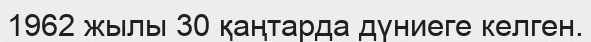
1962 жылы 30 қаңтарда дүниеге келген.